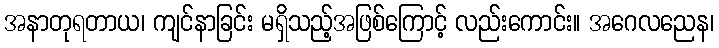
အနာတုရတာယ၊ ကျင်နာခြင်း မရှိသည့်အဖြစ်ကြောင့် လည်းကောင်း။ အဂေလညေန၊